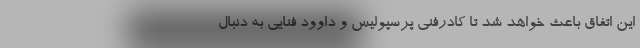
این اتفاق باعث خواهد شد تا کادرفنی پرسپولیس و داوود فنایی به دنبال